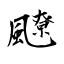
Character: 飉